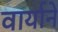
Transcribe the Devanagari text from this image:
वार्याने